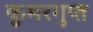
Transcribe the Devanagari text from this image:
कुमरगुप्त